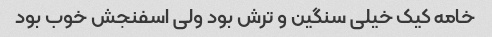
خامه کیک خیلی سنگین و ترش بود ولی اسفنجش خوب بود